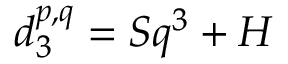
d _ { 3 } ^ { p , q } = S q ^ { 3 } + H